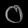
Digit: ၀